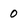
Character: 0